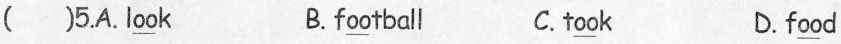
( )5.A. L \underline{oo} k B. f\underline{oo} tball C. t\underline{oo} k D. f\underline{oo} d